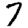
Digit: 7